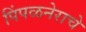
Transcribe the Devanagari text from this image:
पिंपळनेराचे